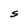
Character: S